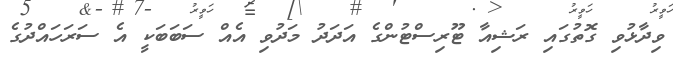
ވިދާޅުވި ގޮތުގައި ރަޝިއާ ޓޫރިސްޓުންގެ އަދަދު މަދުވި އެއް ސަބަބަކީ އެ ސަރަހައްދުގެ